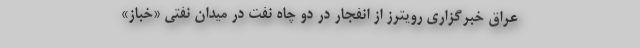
عراق خبرگزاری رویترز از انفجار در دو چاه نفت در میدان نفتی «خباز»